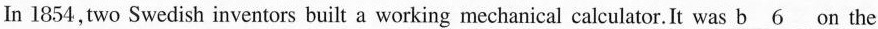
In 1854, two Swedish inventors built a working mechanical calculator. It was \underline{b 6 } on the